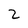
Character: 2